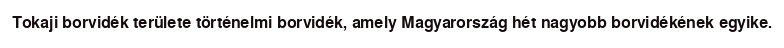
Tokaji borvidék területe történelmi borvidék, amely Magyarország hét nagyobb borvidékének egyike.